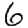
Digit: 6